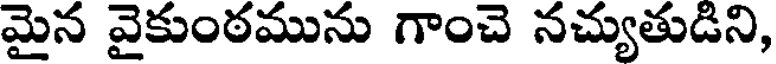
మైన వైకుంఠమును గాంచె నచ్యుతుడిని,